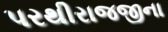
પરથીરાજજીના